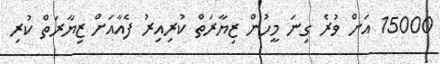
15000 އަށް ވުރެ ގިނަ މީހުން ޒިޔާރަތް ކުރިއިރު ފެއާއަށް ޒިޔާރަތް ކުރި